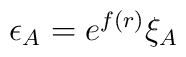
\epsilon_A = e^{f(r)} \xi_A